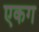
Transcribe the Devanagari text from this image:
एकग